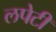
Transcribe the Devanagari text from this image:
लपेटीं